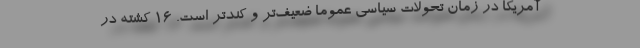
آمریکا در زمان تحولات سیاسی عموما ضعیف‌تر و کندتر است. 16 کشته در